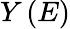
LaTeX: Y\left(E\right)